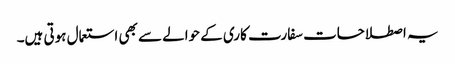
یہ اصطلاحات سفارت کاری کے حوالے سے بھی استعمال ہوتی ہیں۔